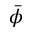
\bar { \phi }